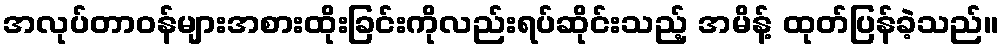
အလုပ်တာဝန်များအစားထိုးခြင်းကိုလည်းရပ်ဆိုင်းသည့် အမိန့် ထုတ်ပြန်ခဲ့သည်။